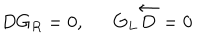
LaTeX: D G _ { R } = 0 , G _ { L } \overleftarrow { D } = 0